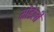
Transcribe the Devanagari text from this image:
मोंडेली